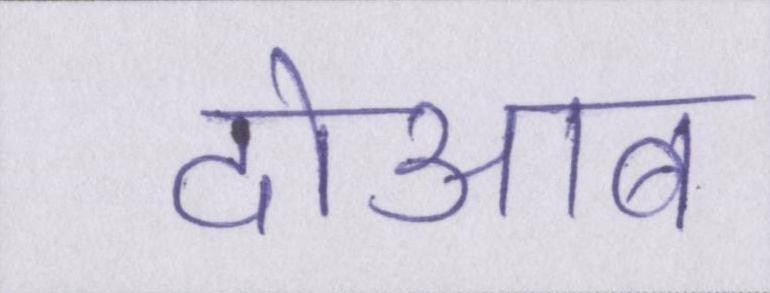
दोआब